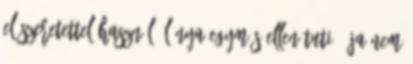
előszeretettel használó lánya egymás ellen TUTI : Ja nem